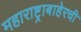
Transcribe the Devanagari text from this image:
महाराष्ट्राबाहेरची